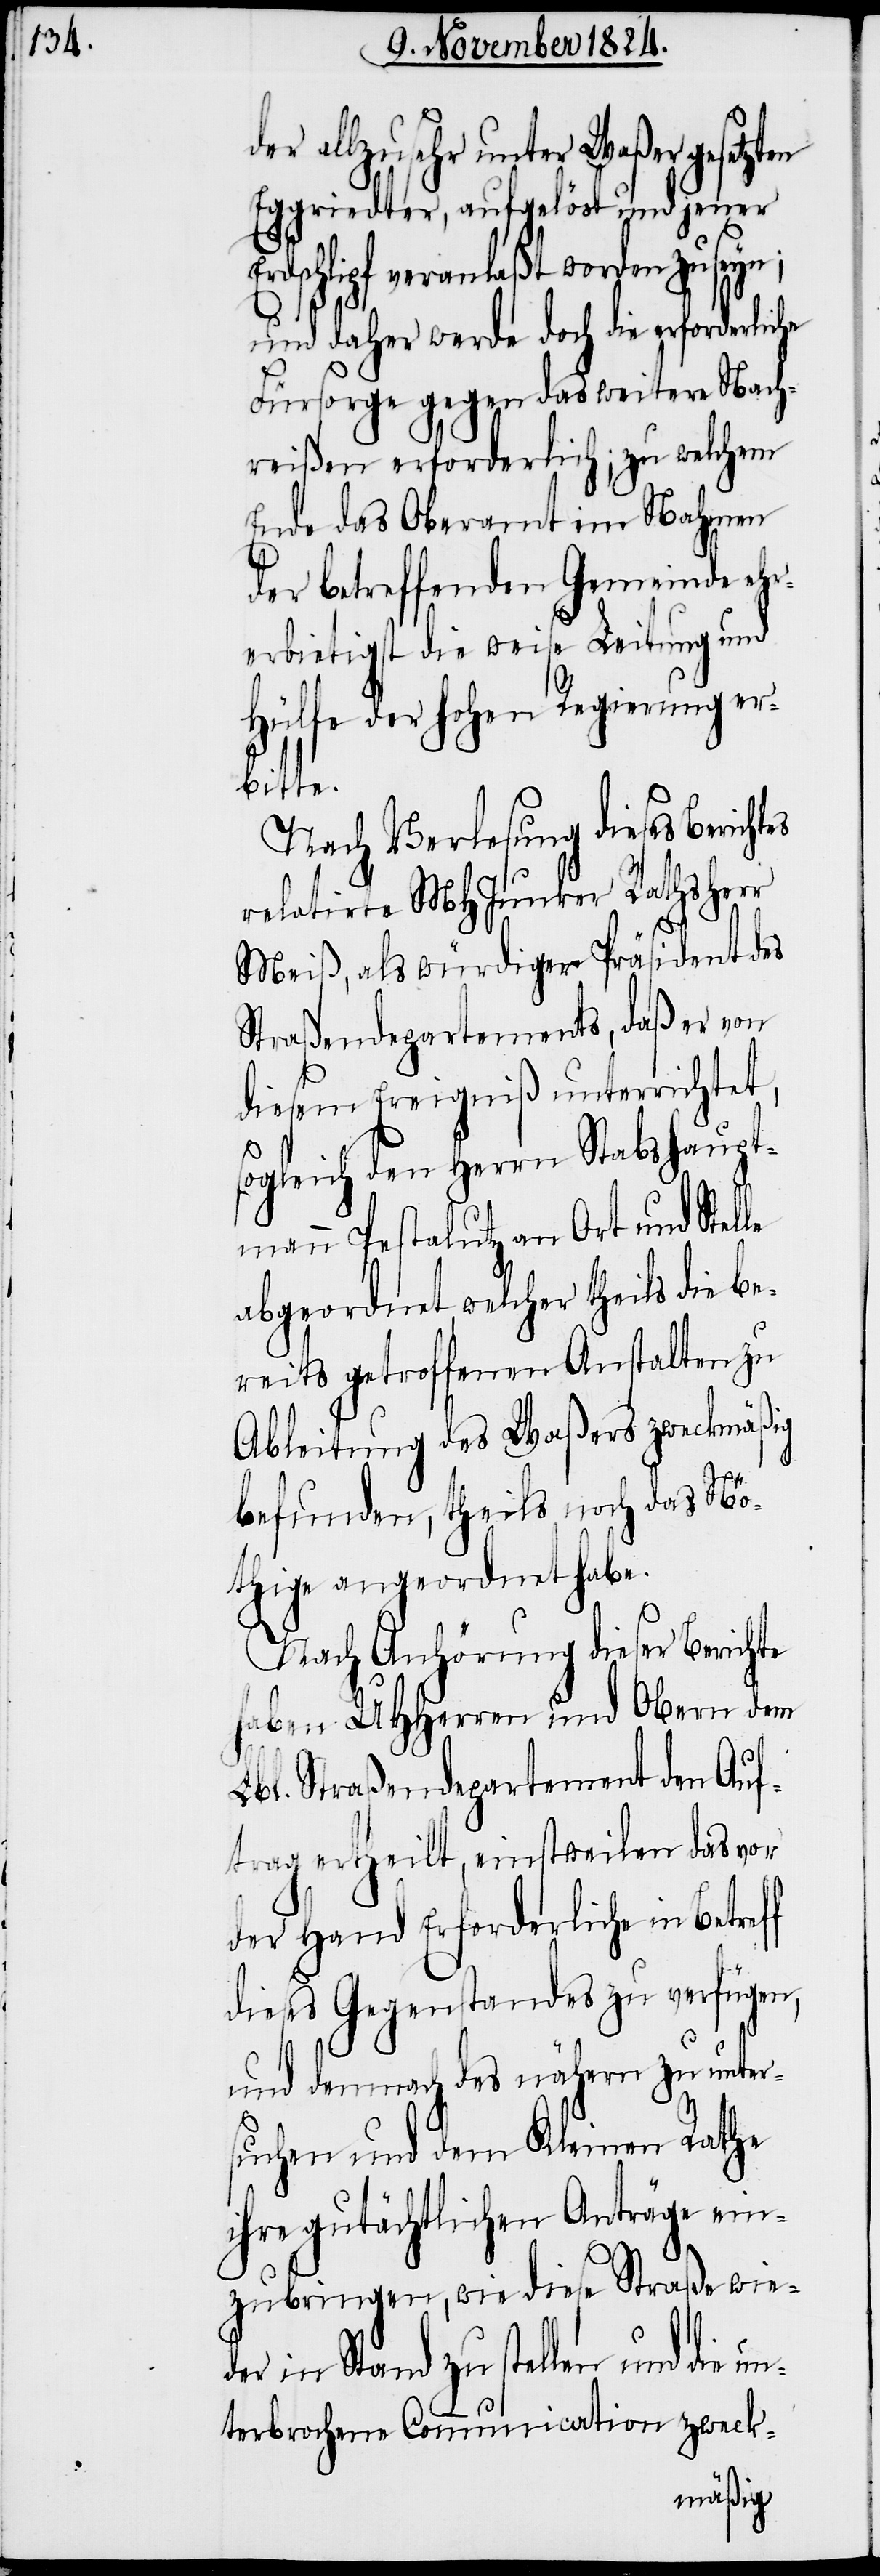
der allzusehr unter Waßer gesetzten
Eggriedter, aufgelöst und jener Er¬
dschlipf veranlaßt worden zu
und daher werde doch die erforderliche
Fürsorge gegen das weitere Nach¬
reißen erforderlich; zu welchem
Ende das Oberamt im Nahmen
der betreffenden Gemeinde ehr¬
erbietigst die weise Leitung und
Hülfe der hohen Regierung er¬
lle
Nach Verlesung dieses Berich¬
relatirte MHJunker Rathsherr
Meiß, als würdiger Präsident des
Straßendepartements, daß er von
diesem Ereigniß unterrichtet,
sogleich den Herrn Stabshaupt¬
mann Pestalutz an Ort und Ste¬
abgeordnet, welcher theils die be¬
reits getroffenen Anstalten zu
Ableitung des Waßers zweckmäßig
befunden, theils noch das Nö¬
thige angeordnet habe.
Nach Anhörung dieser Berichte
haben UHHerren und Obern dem
Lbl. Straßendepartement den Auf¬
trag ertheilt, einstweilen das vor
der Hand Erforderliche in Betref¬
f dieses Gegenstandes zu verfügen,
und demnach des nähern zu unter¬
suchen und dem Kleinen Rathe
ihre gutächtlichen Anträge ein¬
zubringen, wie diese Straße wied¬
er in Stand zu stellen und die
unterbrochene Communication zweck-